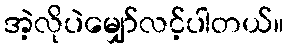
အဲ့လိုပဲမျှော်လင့်ပါတယ်။